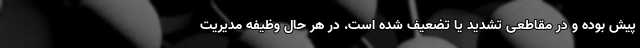
پیش بوده و در مقاطعی تشدید یا تضعیف شده است. در هر حال وظیفه مدیریت